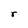
Character: r